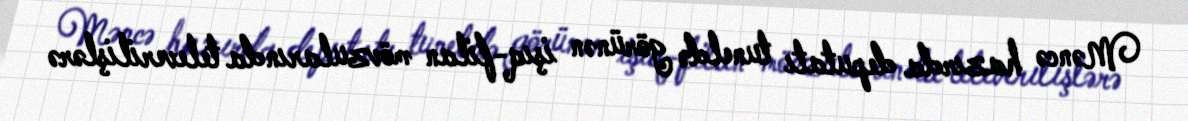
Məncə hazırda deputatı tuneldə görünən işıq-filan mövzularında televerilişlərə